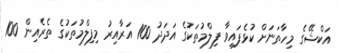
އަކްޝޭގެ މިހާތަނަށް ކުޅެފައިވާ ފިލްމުތަކުގެ އަދަދު 100 އަރާއިރު މިފިލްމުތަކުގެ ތެރެއިން 100